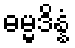
ဓမ္မဒိန္နံ